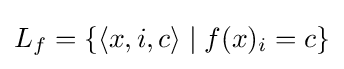
L_{f}=\left\{\langle x,i,c\rangle \mid f(x)_{i}=c\right\}